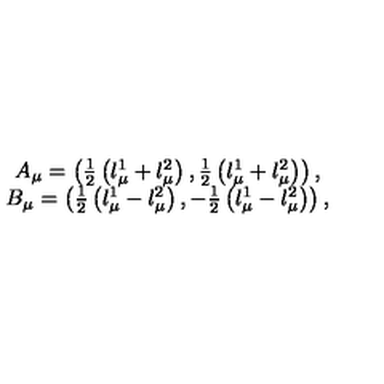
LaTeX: \begin{array} { c } { A _ { \mu } = \left( \frac 1 2 \left( l _ { \mu } ^ { 1 } + l _ { \mu } ^ { 2 } \right) , \frac 1 2 \left( l _ { \mu } ^ { 1 } + l _ { \mu } ^ { 2 } \right) \right) , } \\ { B _ { \mu } = \left( \frac 1 2 \left( l _ { \mu } ^ { 1 } - l _ { \mu } ^ { 2 } \right) , - \frac 1 2 \left( l _ { \mu } ^ { 1 } - l _ { \mu } ^ { 2 } \right) \right) , } \\ \end{array}